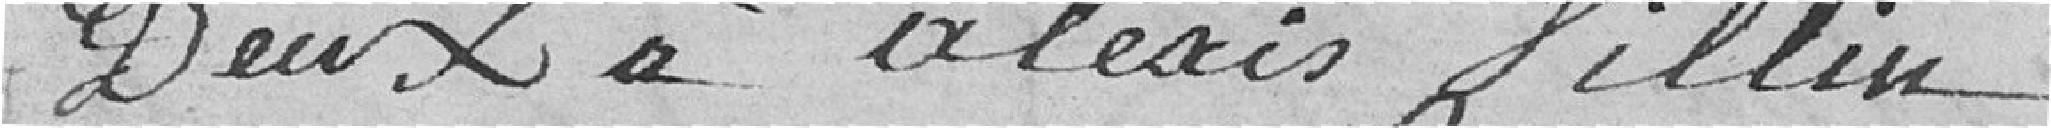
Deux à Alexis Villin